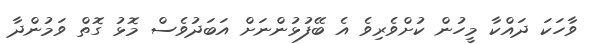
ވާހަކަ ދައްކާ މީހުން ކުށްވެރިވެ އެ ބޭފުޅުންނަށް އަބަދުވެސް މޮޅު ގޮތް ވަމުންދާ